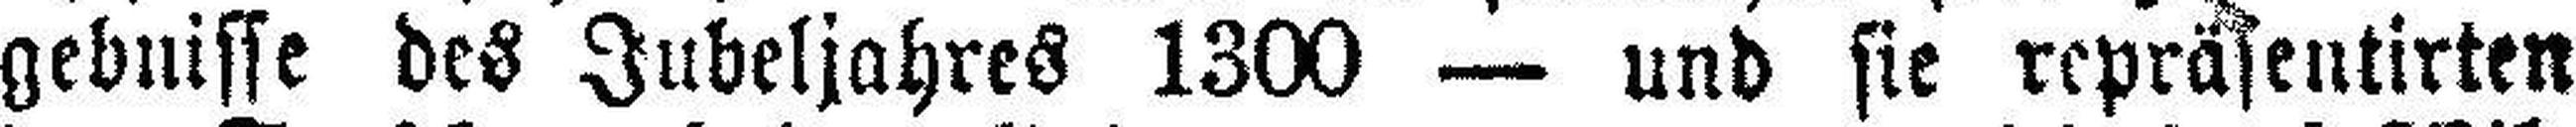
gebnisse des Jubeljahres 1300 — und sie repräsentirten